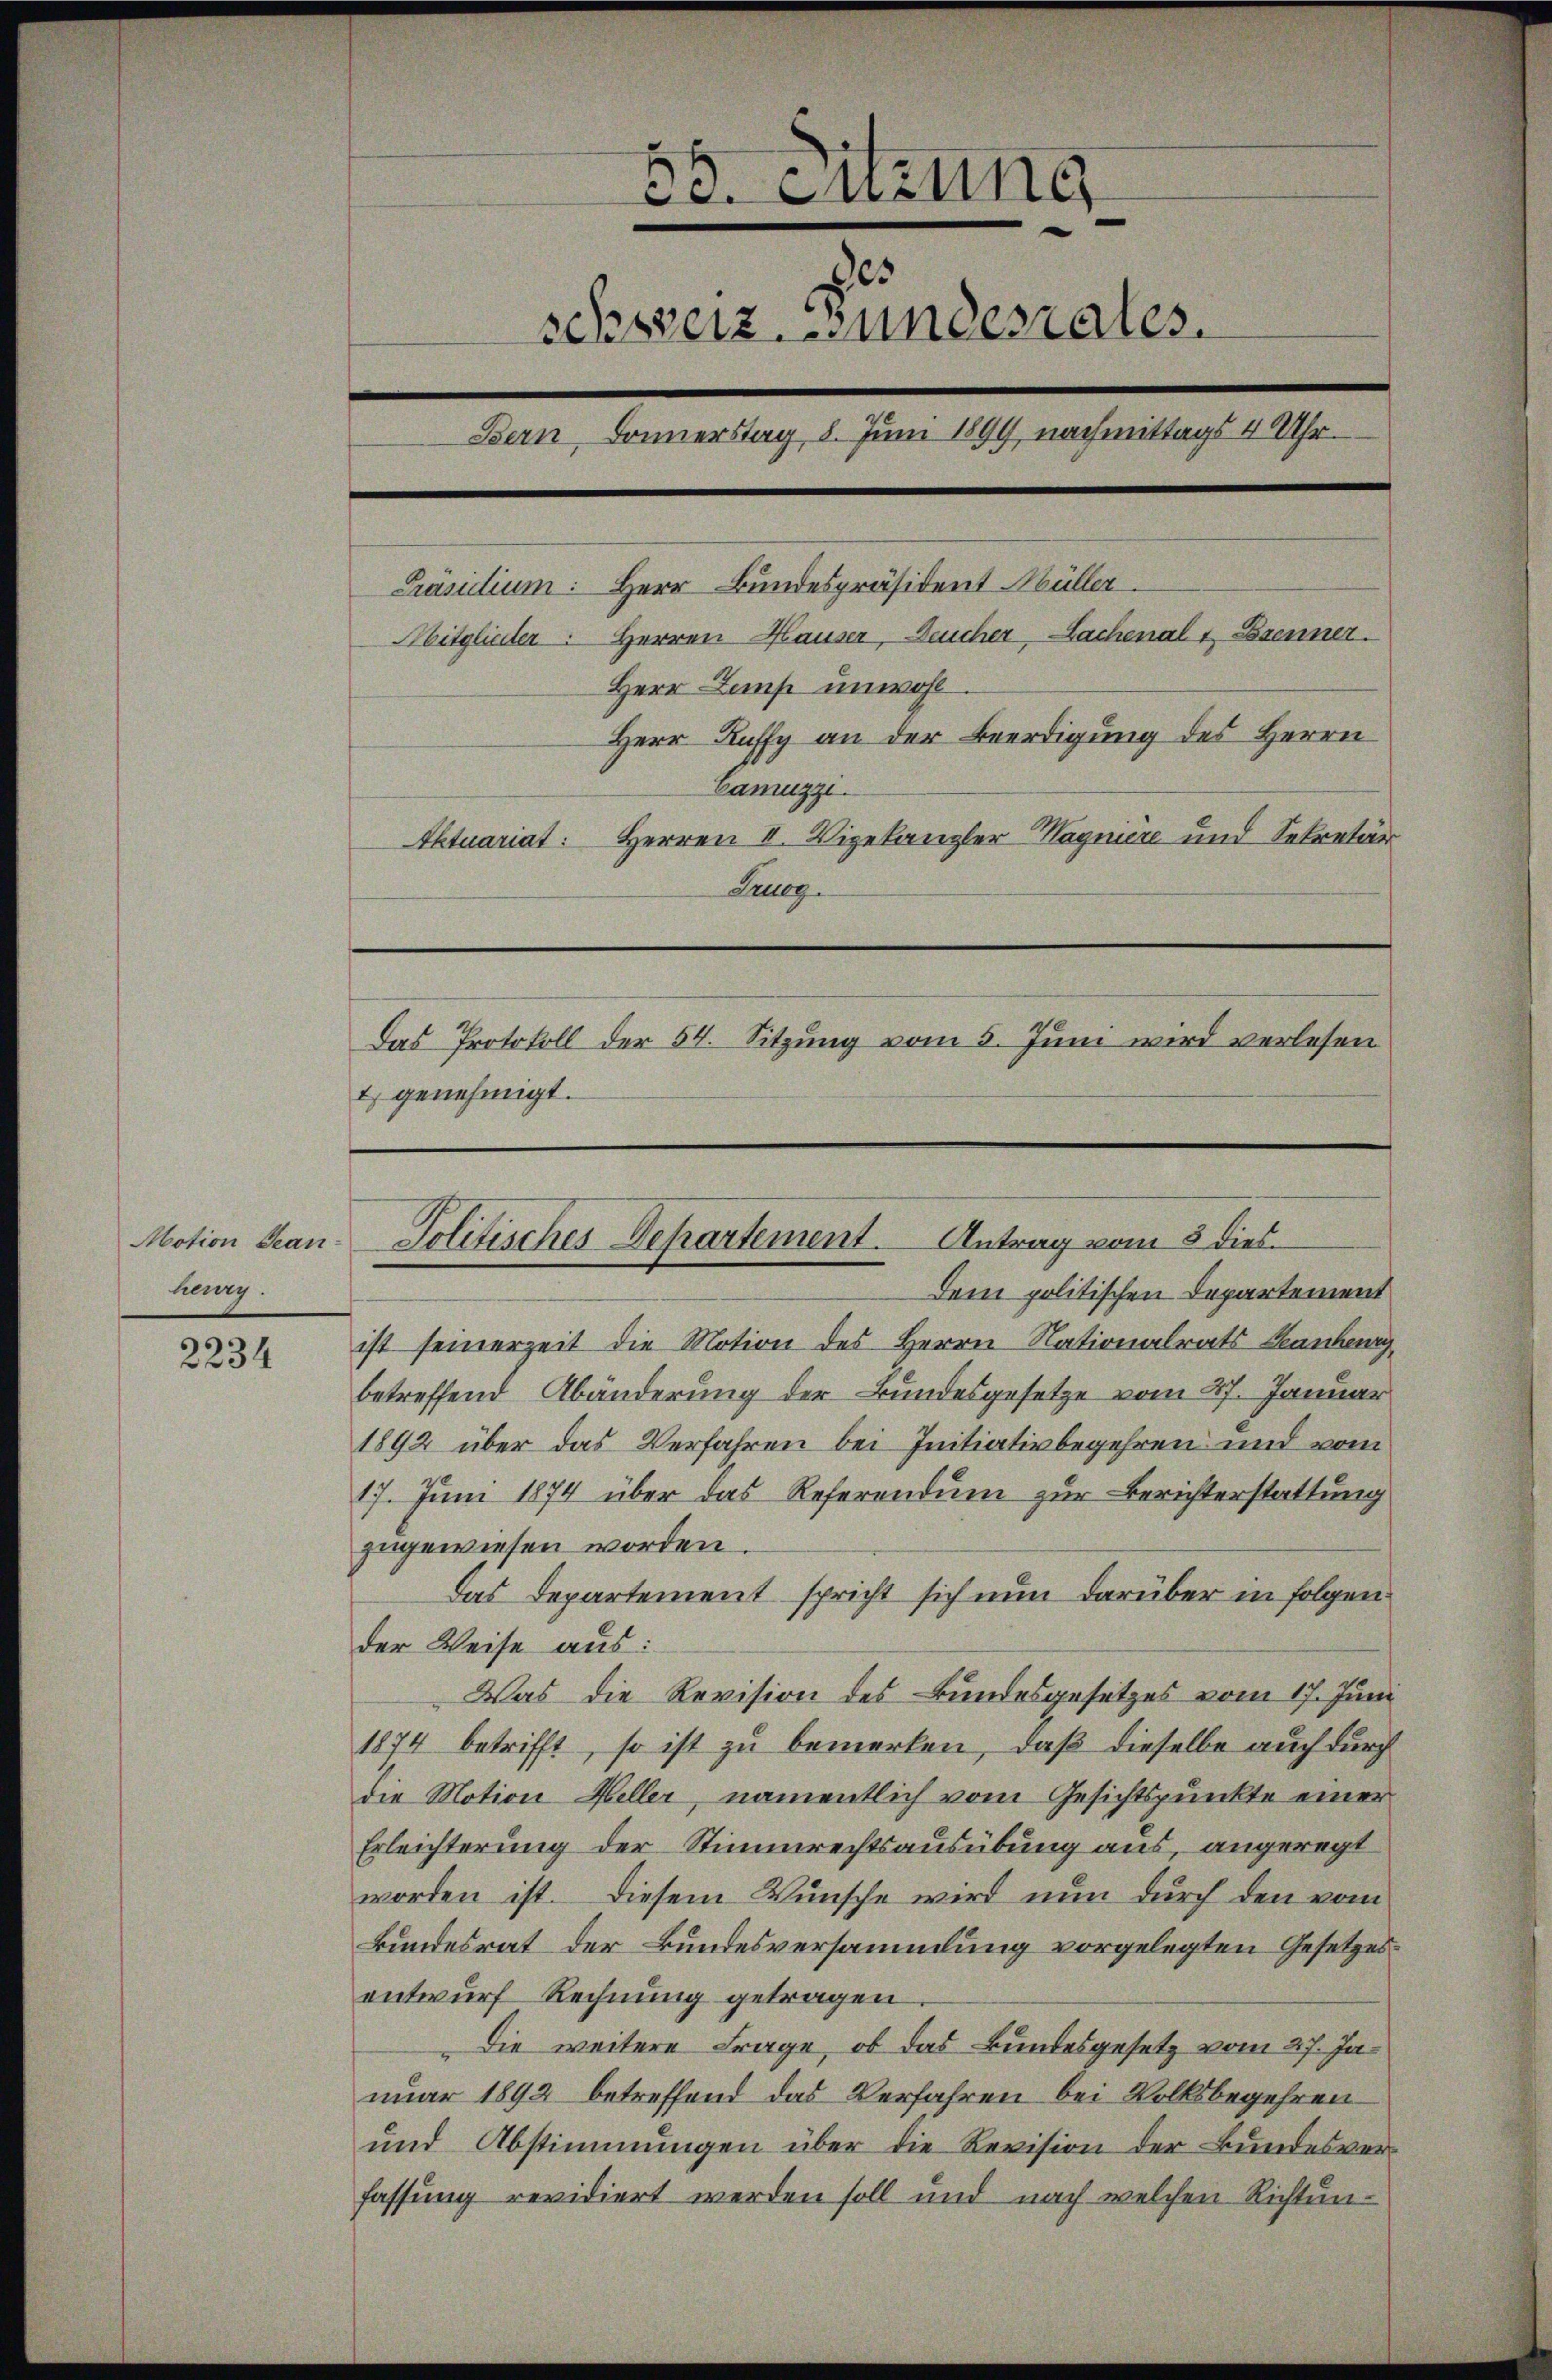
Motion gean
hurg

2234

50. Enzung
des
schweiz. Bundesrates.
Bern Sonnerstag 8. Juni 1899 nachmittags 4 Uhr.
Präsidium: Herr Bundespräsident Müller
Mitglieder Herren Hauser, Deucher, Lachenalt Brenner.
Herr Lamp unwohl
Herr Kuffy an der Beerdigung des Herrn
Camuzzi.
Aktuariat: Herren II. Vizekanzler Wagniere und Sekretär
Krueg.
Das Protokoll der 54. Sitzung vom 5. Juni wird verlesen
t genehmigt.

Dem politischen Departement
ist seinerzeit die Motion des Herrn Nationalrats Sennheng
betreffend Abänderung der Bundesgesetze vom 27. Januar
1892 über das Verfahren bei Initiativbegehren und vom
17. Juni 1874 über das Referendum zur Berichterstattung
zugewiesen worden.
Das Departement spricht sich nun darüber in folgen
der Weise aus:
Was die Revision des Bundesgesetzes vom 17. Juni
1874 betrifft, so ist zu bemerken, daß dieselbe auch durch
die Motion Heller, namentlich vom Gesichtspunkte einer
Erleichterung der Stimmrechtsausübung aus, angeregt
worden ist. Diesem Wunsche wird nun durch den vom
Bundesrat der Bundesversammlung vorgelegten Gesetzesentwurf Rechnung getragen.
die weitere Frage, ob das Bundesgesetz vom 27. Ja
nuar 1892 betreffend das Verfahren bei Volksbegehren
und Abstimmungen über die Revision der Bundesver-
fassung revidiert werden soll und nach welchen Richtun-

Solitisches Departement. Antrag vom 3 dies